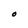
Character: O